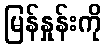
မြန်နှုန်းကို